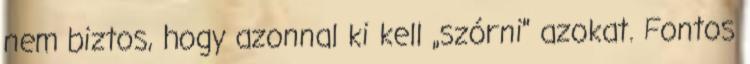
nem biztos, hogy azonnal ki kell „szórni” azokat. Fontos